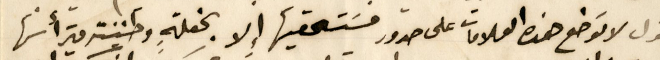
يقول لا توضع هذه العلامات على صدور مسَتحقيها إلا بحفلةٍ وطنية يترأسها